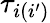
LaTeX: \tau_{i(i^{\prime})}